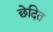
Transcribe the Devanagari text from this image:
छेदित